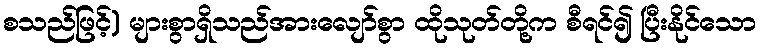
စသည်ဖြင့်) များစွာရှိသည်အားလျော်စွာ ထိုသုတ်တို့က စီရင်၍ ပြီးနိုင်သော